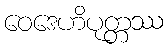
ဝေဒေဟိပုတ္တဿ